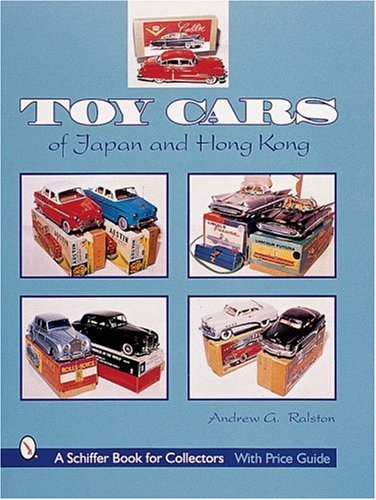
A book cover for Toy Cars of Japan and Hong Kong (A Schiffer Book for Collectors); Andrew G. Ralston; Engineering & Transportation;